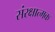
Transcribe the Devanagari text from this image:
संरक्षात्मक